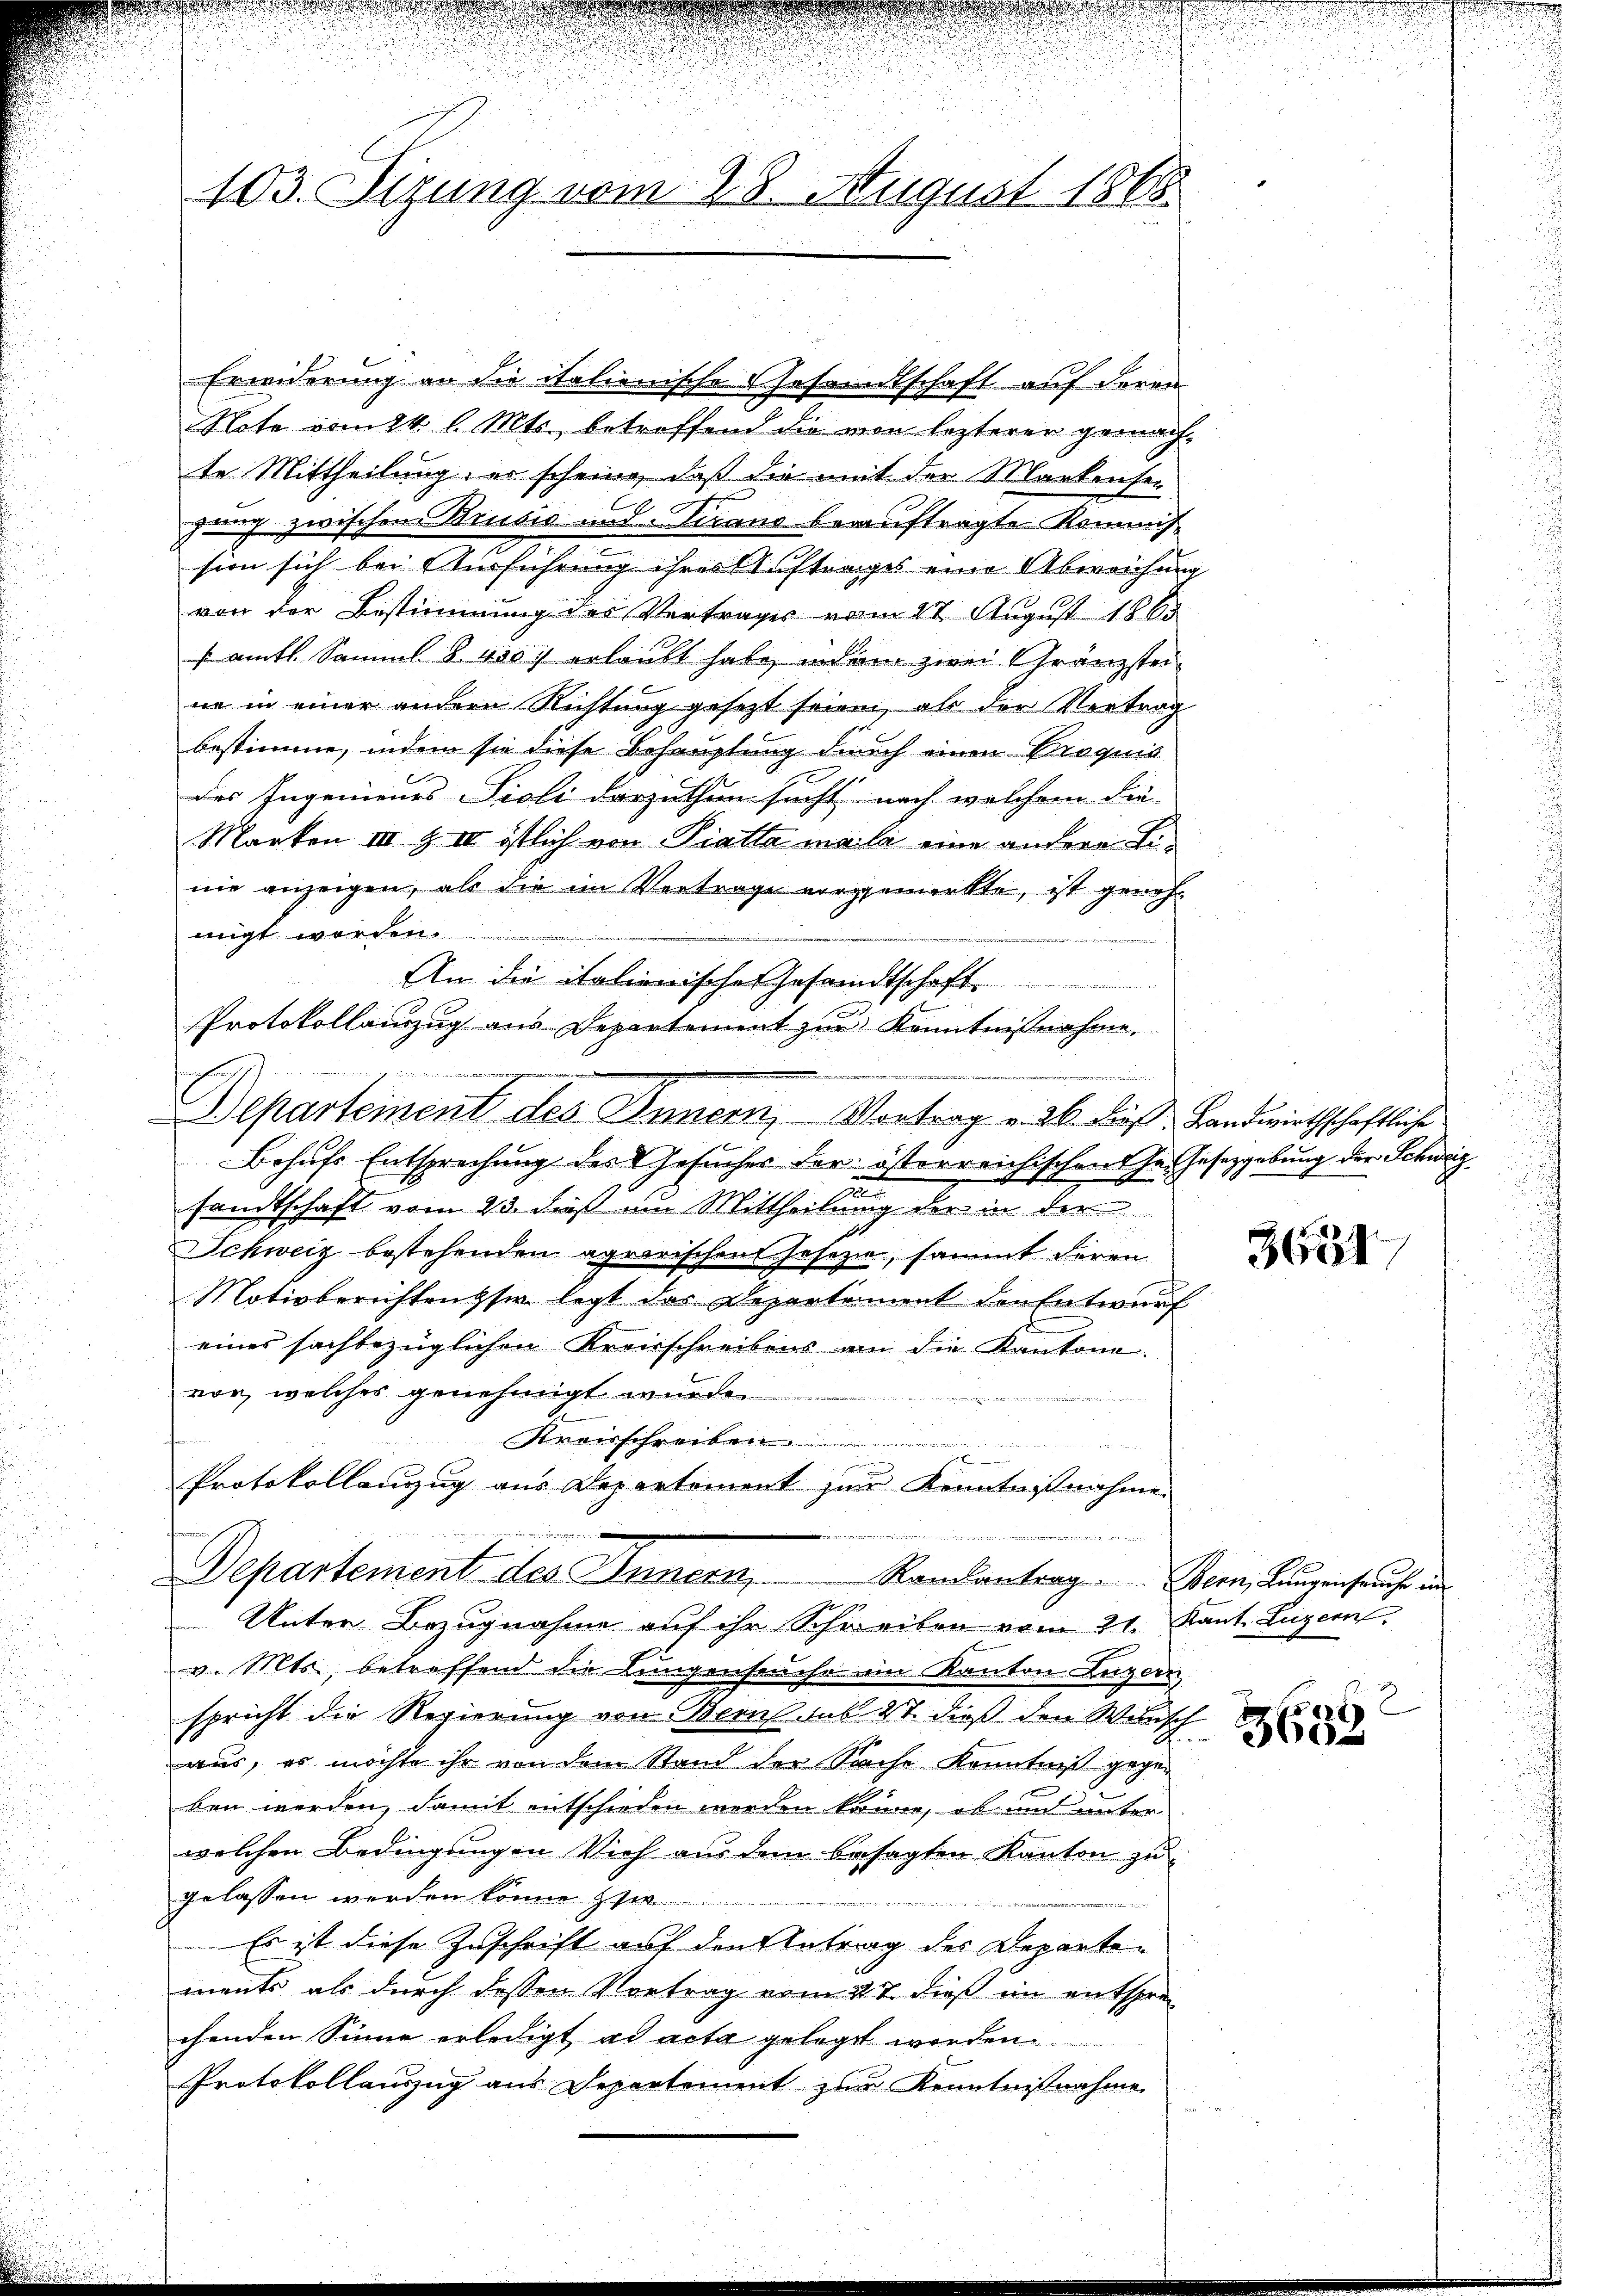
103. Sizung vom 28. August 1865.

Erwiderung an die italionische Gesandtschaft auf deren
Note vom 24. l. Mts., betreffend die von lezterer gemachte Mittheilung, er scheine, daß die mit der Markensei
zung zwischen Brusio und Tirano beauftragte Kommis-
sion sich bei Ausführung ihres Auftrages eine Abweichung
von der Bestimmung des Vertrages vom 27. August 1865
s amtl. Samml. § 400 erlaubt habe, indem zwei Gränzsteine in einer andern Richtung gesetzt seien, als der Vertrag
bestimme, indem sie diese Behauptung durch einen Proquis
des Ingenieues Sioli darzuthun sucht nach welchem die
Marken III S. II istlich von Piatta male eine andere Linie anzeigen, als die im Vertrage vorgemerkte, ist genehmigt worden.
Behufs Entsprechung des Gesucher der österreichischen Ge- Gesetzgebung der Schweiz
e
sandtschaft vom 23. dieß um Mittheilung der in der
Schweiz bestehenden agrarischen Geseze, sammt deren
Motivberichtensser legt das Depertement der Entwurf
eines sachbezüglichen Kreisschreibens an die Kantone.
vor, welches genehmigt wurde.
e
renschre

g
Protokollauszug aus Departement zur Kenntnißnahme
.

Departement des Innern Randantrag . . Bern, Langenspruche in
Unter Bezugnahme auf ihr Schreiben vom 21. Kant. Luzern,
v. Mts., betreffend die Lungenseuche im Kanton Luzern
spricht die Regierung von Berns sub 27. dieß den Welisch
aus, es möchte ihr von dem Stand der Sache Kenntnis gegeben werden, damit entschieden werden könne, ob und unter
welchen Bedingungen Vieh aus dem besagten Kanton zu
gelassen werden könne zw
Es ist diese Zuschrift auf den Antrag des Departe
ments als durch dessen Vortrag vom 27. dieß im entsprechenden Sinne erledigt ad acta gelegt worden.
Protokollauszug aus Departement zur Kenntnißnahme
.

An die italienische Gesandtschaft.
Protokollenzug aus Departement zur Kenntnißnahme.
rwin
Departement des Innern, Vortrag v. 26. dieß: Landwirthschaftliche

3634

e
8
f

.